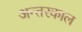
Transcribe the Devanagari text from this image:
अन्तरकाल